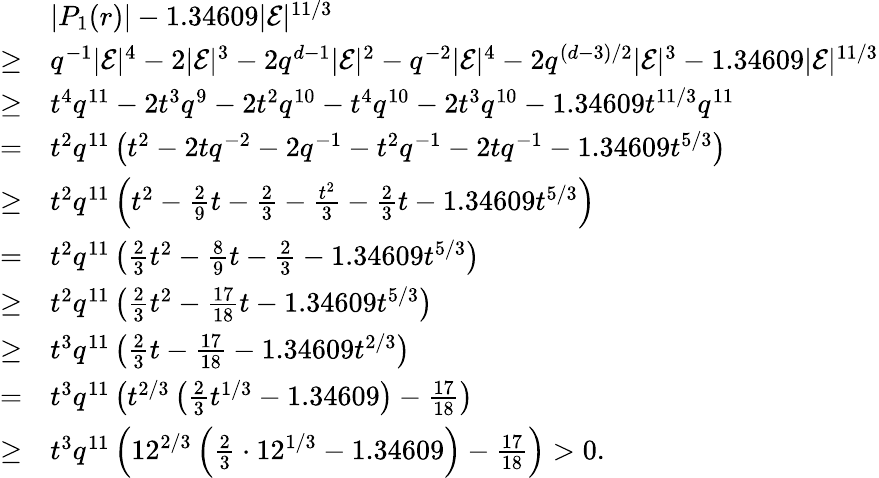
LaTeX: \begin{array}{rl}&{|P_{1}(r)|-1.34609|\mathcal{E}|^{11/3}}\\ {\geq}&{q^{-1}|\mathcal{E}|^{4}-2|\mathcal{E}|^{3}-2q^{d-1}|\mathcal{E}|^{2}-q^{-2}|\mathcal{E}|^{4}-2q^{(d-3)/2}|\mathcal{E}|^{3}-1.34609|\mathcal{E}|^{11/3}}\\ {\geq}&{t^{4}q^{11}-2t^{3}q^{9}-2t^{2}q^{10}-t^{4}q^{10}-2t^{3}q^{10}-1.34609t^{11/3}q^{11}}\\ {=}&{t^{2}q^{11}\left(t^{2}-2tq^{-2}-2q^{-1}-t^{2}q^{-1}-2tq^{-1}-1.34609t^{5/3}\right)}\\ {\geq}&{t^{2}q^{11}\left(t^{2}-\frac 29t-\frac 23-\frac{t^{2}}{3}-\frac 23t-1.34609t^{5/3}\right)}\\ {=}&{t^{2}q^{11}\left(\frac{2}{3}t^{2}-\frac 89t-\frac 23-1.34609t^{5/3}\right)}\\ {\geq}&{t^{2}q^{11}\left(\frac{2}{3}t^{2}-\frac{17}{18}t-1.34609t^{5/3}\right)}\\ {\geq}&{t^{3}q^{11}\left(\frac{2}{3}t-\frac{17}{18}-1.34609t^{2/3}\right)}\\ {=}&{t^{3}q^{11}\left(t^{2/3}\left(\frac{2}{3}t^{1/3}-1.34609\right)-\frac{17}{18}\right)}\\ {\geq}&{t^{3}q^{11}\left(12^{2/3}\left(\frac{2}{3}\cdot 12^{1/3}-1.34609\right)-\frac{17}{18}\right)>0.}\end{array}